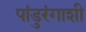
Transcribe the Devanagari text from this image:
पांडुरंगाशी